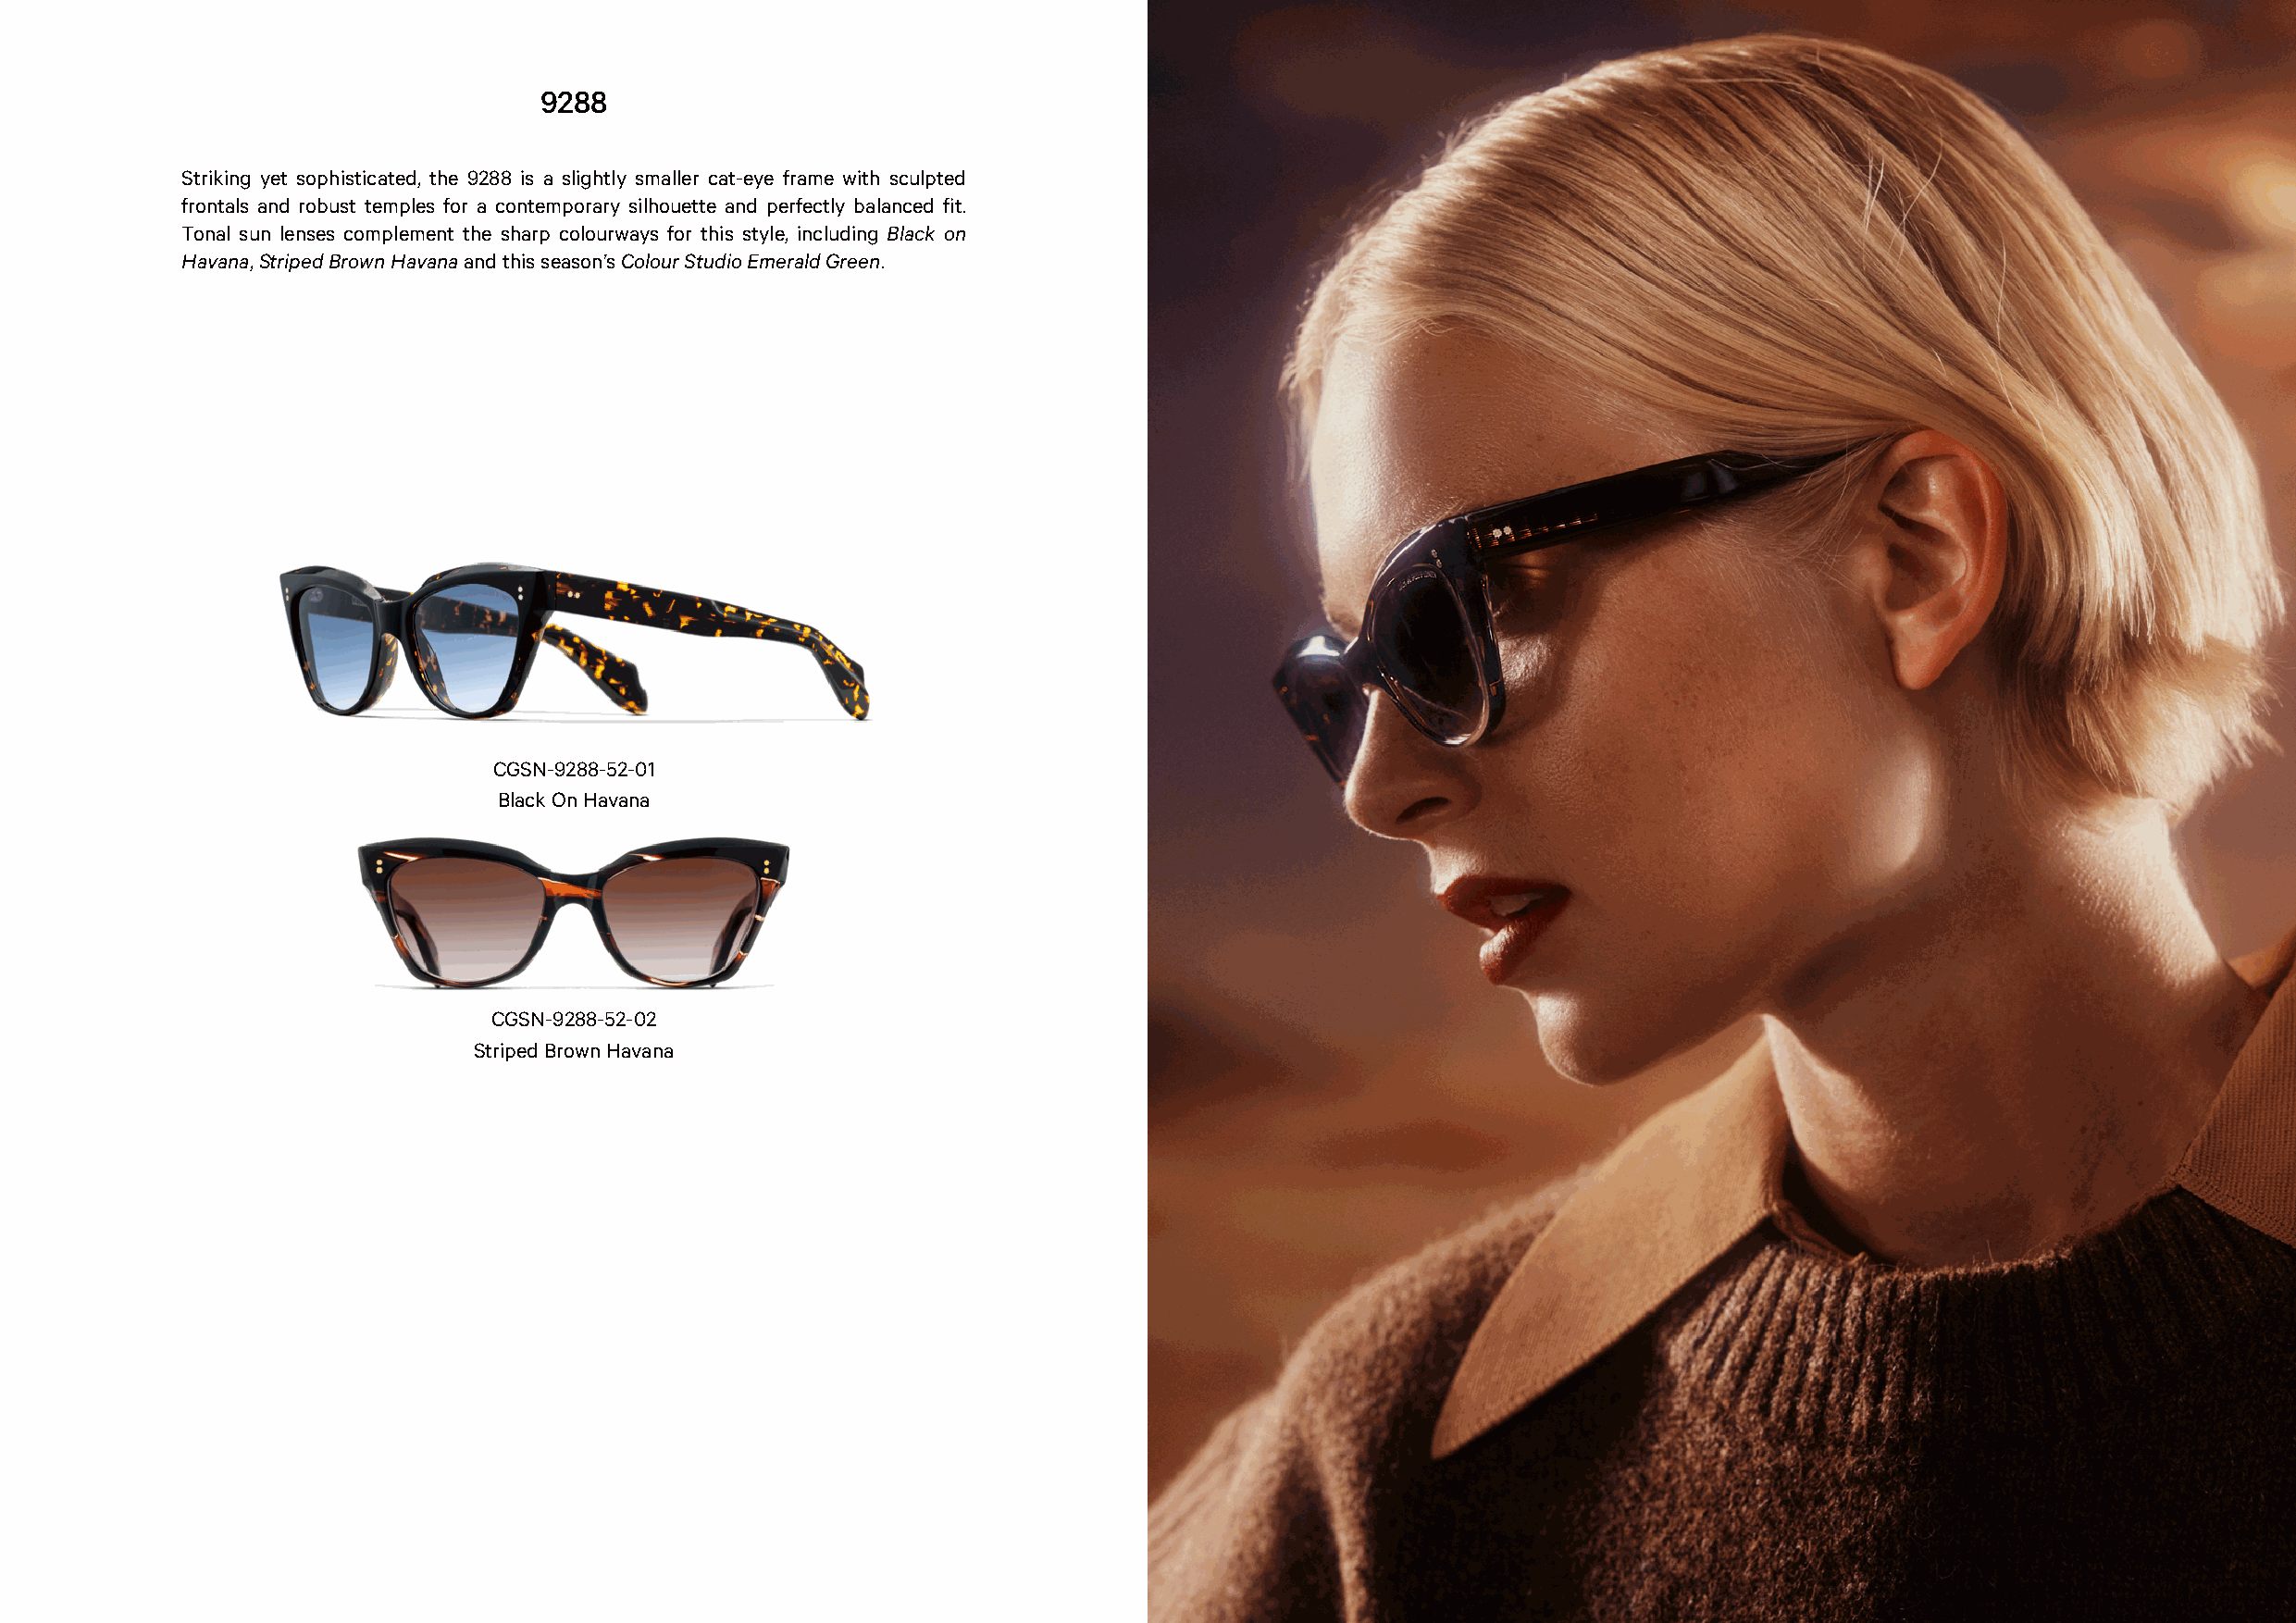
9288
 Striking yet sophisticated, the 9288 is a slightly smaller cat-eye frame with sculpted
 frontals and robust temples for a contemporary silhouette and perfectly balanced fit.
 Tonal sun lenses complement the sharp colourways for this style, including Black on
 Havana, Striped Brown Havana and this season’s Colour Studio Emerald Green.
 CGSN-9288-52-01
 Black On Havana
 CGSN-9288-52-02
 Striped Brown Havana